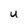
Character: U